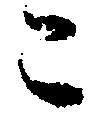
こ